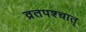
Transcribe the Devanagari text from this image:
व्रतपश्चात्‌